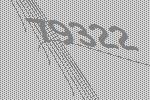
79322